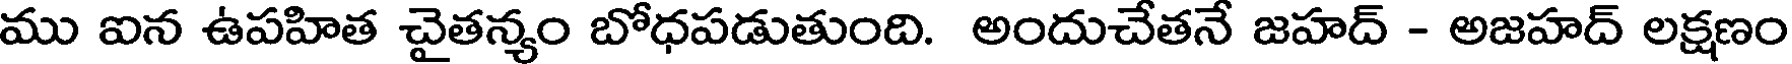
ము ఐన ఉపహిత చైతన్యం బోధపడుతుంది. అందుచేతనే జహద్ - అజహద్ లక్షణం